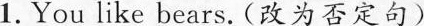
1.You like bears.(改为否定句)